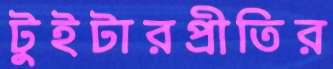
টুইটারপ্রীতির